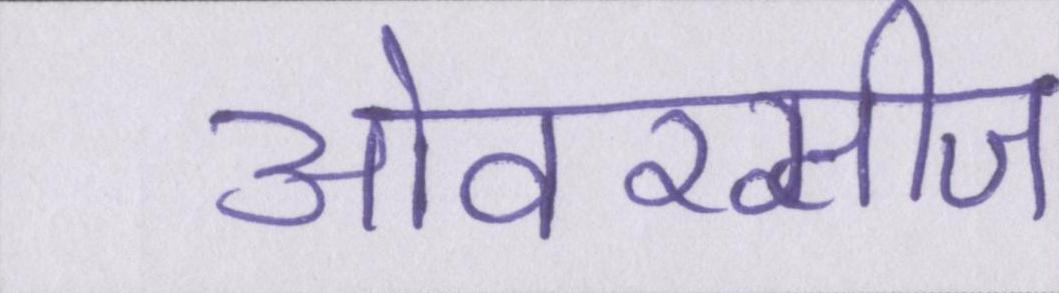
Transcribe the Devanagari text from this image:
ओवरसीज